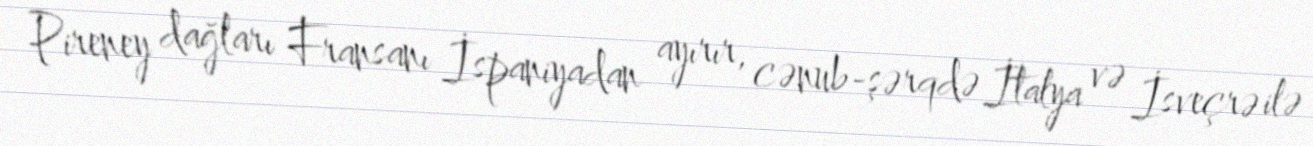
Pireney dağları Fransanı İspaniyadan ayırır, cənub-şərqdə İtalya və İsveçrə ilə